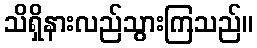
သိရှိနားလည်သွားကြသည်။